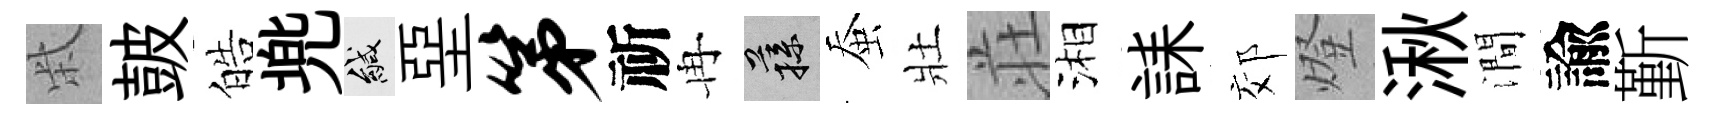
柴皷皓兠緘堊第祈冉蓀蚕壯荘湘誄郊燈湫澗諭斳